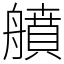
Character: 䒈